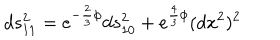
LaTeX: d s _ { 1 1 } ^ { 2 } = e ^ { - \frac { 2 } { 3 } \phi } d s _ { 1 0 } ^ { 2 } + e ^ { \frac { 4 } { 3 } \phi } ( d x ^ { 2 } ) ^ { 2 }